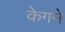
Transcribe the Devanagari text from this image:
केगने